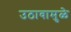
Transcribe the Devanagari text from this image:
उठावामुळे